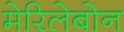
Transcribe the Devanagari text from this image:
मेरिलेबोन